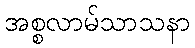
အစ္စလာမ်သာသနာ